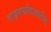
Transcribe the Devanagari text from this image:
वाङ्‌मयविश्‍वातील